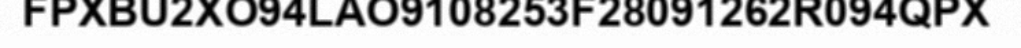
FPXBU2XO94LAO9108253F28091262R094QPX